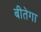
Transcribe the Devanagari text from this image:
बीतेगा